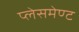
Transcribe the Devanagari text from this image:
प्लेसमेण्ट